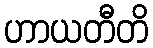
ဟာယတီတိ